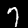
Label: 7